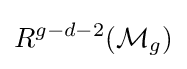
R^{g-d-2}({\mathcal {M}}_{g})